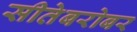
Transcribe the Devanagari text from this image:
सीतेबरोबर